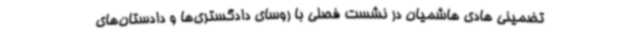
تضمینی هادی هاشمیان در نشست فصلی با روسای دادگستری‌ها و دادستان‌های